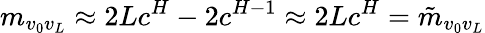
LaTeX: m_{v_{0}v_{L}}\approx 2Lc^{H}-2c^{H-1}\approx 2Lc^{H}=\tilde{m}_{v_{0}v_{L}}